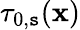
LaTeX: \tau_{0,\mathtt{s}}(\mathbf{{x}})